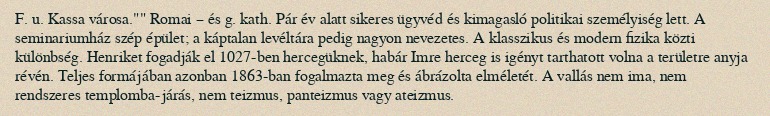
F. u. Kassa városa."" Romai – és g. kath. Pár év alatt sikeres ügyvéd és kimagasló politikai személyiség lett. A seminariumház szép épület; a káptalan levéltára pedig nagyon nevezetes. A klasszikus és modern fizika közti különbség. Henriket fogadják el 1027-ben hercegüknek, habár Imre herceg is igényt tarthatott volna a területre anyja révén. Teljes formájában azonban 1863-ban fogalmazta meg és ábrázolta elméletét. A vallás nem ima, nem rendszeres templomba-járás, nem teizmus, panteizmus vagy ateizmus.